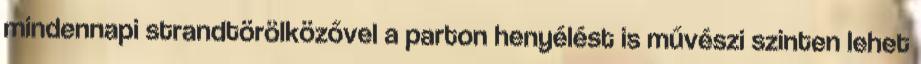
mindennapi strandtörölközővel a parton henyélést is művészi szinten lehet